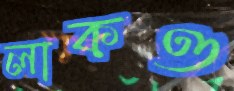
লাকও